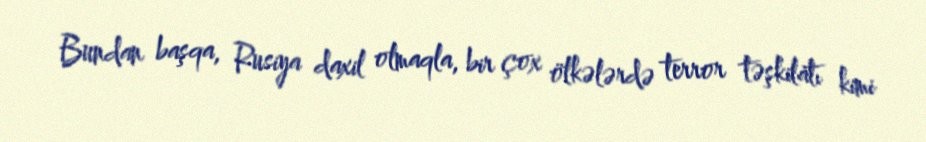
Bundan başqa, Rusiya daxil olmaqla, bir çox ölkələrdə terror təşkilatı kimi